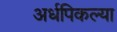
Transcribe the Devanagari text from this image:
अर्धपिकल्या